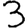
Digit: 3